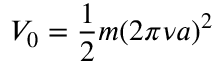
V _ { 0 } = \frac { 1 } { 2 } m ( 2 \pi \nu a ) ^ { 2 }